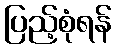
ပြည့်စုံရန်